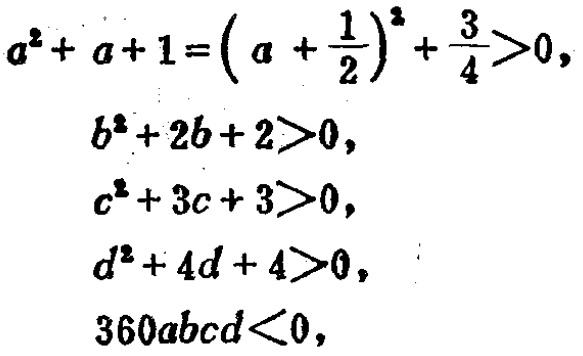
\[
\begin{align*}
a^{2}+a + 1&=\left(a+\frac{1}{2}\right)^{2}+\frac{3}{4}>0,\\
b^{2}+2b + 2&>0,\\
c^{2}+3c + 3&>0,\\
d^{2}+4d + 4&>0,\\
360abcd&<0,
\end{align*}
\]